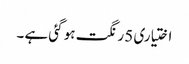
اختیاری 5 رنگت ہو گئی ہے ۔